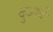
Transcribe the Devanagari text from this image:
दुआबे